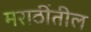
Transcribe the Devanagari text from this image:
मराठींतील